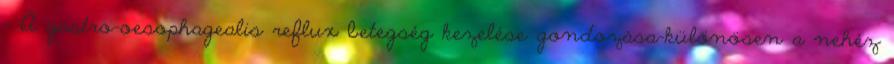
- A gastro-oesophagealis reflux betegség kezelése gondozása-különösen a nehéz